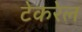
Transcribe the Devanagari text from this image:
टेकरेल